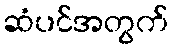
ဆံပင်အတွက်